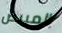
المبيض